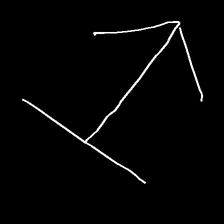
Glyph: levitation